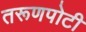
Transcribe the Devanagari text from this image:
तरूणपोटी